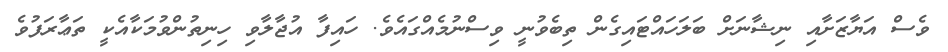
ވެސް އަޔާޒަށާއި ނިޝާނަށް ބަލަހައްޓައިގެން ތިބެވުނީ ވިސްނުމެއްގައެވެ. ހައިފާ އުޖާލާވި ހިނިތުންވުމަކާއެކީ ތަޢާރަފުވެ